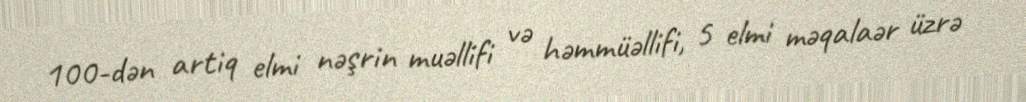
100-dən artiq elmi nəşrin muəllifi və həmmüəllifi, 5 elmi məqalaər üzrə